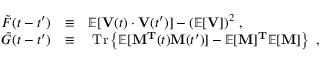
\begin{array} { r l r } { \tilde { F } ( t - t ^ { \prime } ) } & { \equiv } & { \mathbb { E } [ { \bf { V } } ( t ) \cdot { \bf { V } } ( t ^ { \prime } ) ] - ( \mathbb { E } [ { \bf { V } } ] ) ^ { 2 } \ , \ { \mathrm { ~ ~ ~ ~ ~ ~ ~ ~ ~ ~ ~ ~ ~ ~ ~ ~ } } } \\ { \tilde { G } ( t - t ^ { \prime } ) } & { \equiv } & { { \mathrm { T r } } \left\{ \mathbb { E } [ { \bf { M } ^ { T } } ( t ) { \bf { M } } ( t ^ { \prime } ) ] - \mathbb { E } [ { \bf { M } } ] { \bf { ^ T } } \mathbb { E } [ { \bf { M } } ] \right\} \ , \ } \end{array}